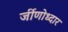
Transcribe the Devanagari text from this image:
र्जीणोध्दार